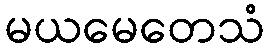
မယမေတေသံ